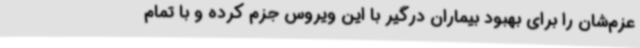
عزم‌شان را برای بهبود بیماران درگیر با این ویروس جزم کرده و با تمام